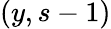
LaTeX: (y,s-1)